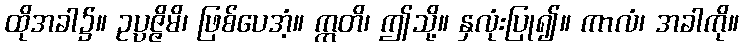
ထိုအခါ၌။ ဥပ္ပဇ္ဇိမိ၊ ဖြစ်ပေအံ့။ ဣတိ၊ ဤသို့။ နှလုံးပြု၍။ ကာလံ၊ အခါကို။